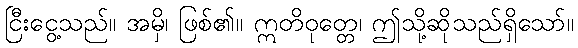
ငြီးငွေ့သည်။ အမှိ၊ ဖြစ်၏။ ဣတိဝုတ္တေ၊ ဤသို့ဆိုသည်ရှိသော်။